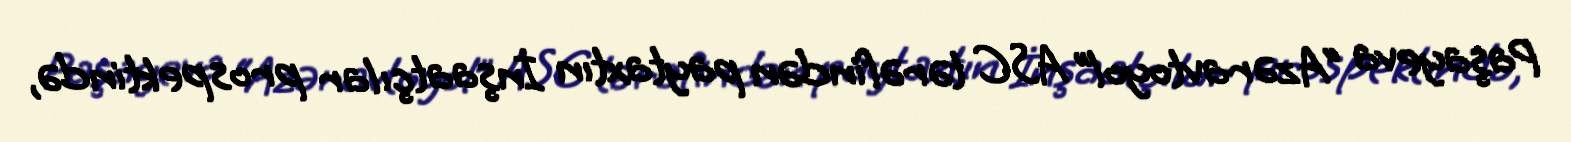
Paşayeva “Azəravtoyol” ASC tərəfindən paytaxtın İnşaatçılar prospektində,